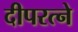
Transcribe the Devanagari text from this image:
दीपरत्ने